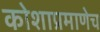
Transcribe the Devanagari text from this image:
कोशाप्रमाणेच